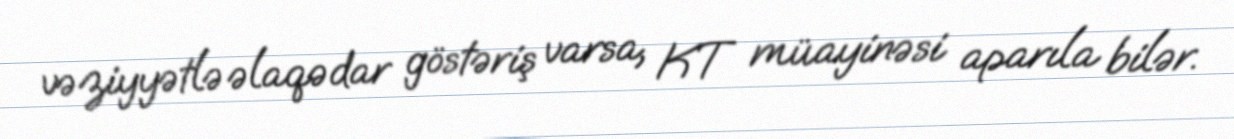
vəziyyətlə əlaqədar göstəriş varsa, KT müayinəsi aparıla bilər.